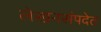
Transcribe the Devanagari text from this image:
लेखनसंपदेत